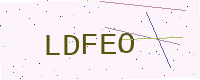
Text: LDFEO